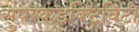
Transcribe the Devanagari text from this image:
सुपरकंडक्टिविटी